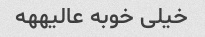
خیلی خوبه عالیههه